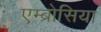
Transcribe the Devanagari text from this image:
एम्ब्रोसिया